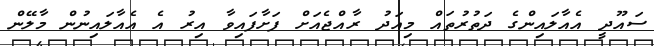
ސައޫދީ އެއާލައިންގެ ދަތުރުތައް މިއަދު ރާއްޖެއަށް ފަށާފައިވާ އިރު އެ އެއާލައިނުން މާލޭން